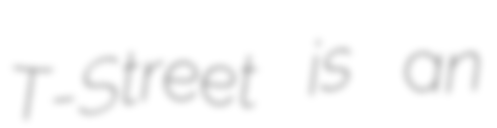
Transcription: T-Street is an